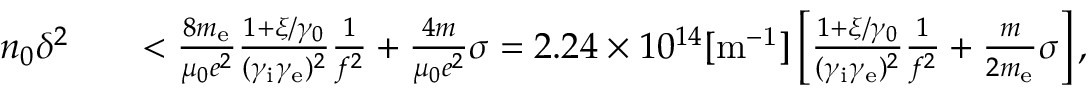
\begin{array} { r l r } { n _ { 0 } \delta ^ { 2 } } & { } & { < \frac { 8 m _ { \mathrm { e } } } { \mu _ { 0 } e ^ { 2 } } \frac { 1 + \xi / \gamma _ { 0 } } { ( \gamma _ { \mathrm { i } } \gamma _ { \mathrm { e } } ) ^ { 2 } } \frac { 1 } { f ^ { 2 } } + \frac { 4 m } { \mu _ { 0 } e ^ { 2 } } \sigma = 2 . 2 4 \times 1 0 ^ { 1 4 } \mathrm { [ m ^ { - 1 } ] } \left[ \frac { 1 + \xi / \gamma _ { 0 } } { ( \gamma _ { \mathrm { i } } \gamma _ { \mathrm { e } } ) ^ { 2 } } \frac { 1 } { f ^ { 2 } } + \frac { m } { 2 m _ { \mathrm { e } } } \sigma \right] , } \end{array}